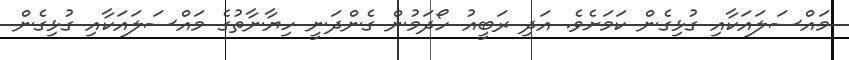
މައްސަލައަކާއި ގުޅިގެން ކަމަށެވެ. އަދި ރަބީއު ހޯދަމުން ގެންދަނީ ހިޔާނާތުގެ މައްސަލައަކާއި ގުޅިގެން